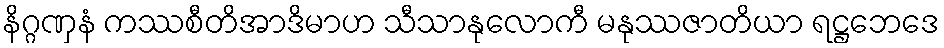
နိဂ္ဂဏှနံ ကဿစီတိအာဒိမာဟ သီသာနုလောကီ မနုဿဇာတိယာ ရဋ္ဌဘေဒေ